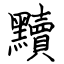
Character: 黷